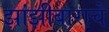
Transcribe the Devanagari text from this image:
झांझीबाराचे